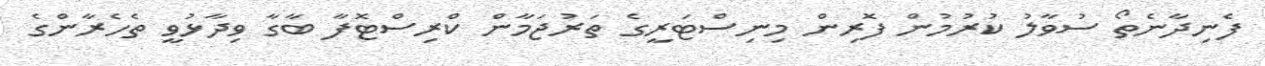
ފެނިދާނެތޯ ސުވާލު ކުރުމުން ފޮރިން މިނިސްޓަރީގެ ތަރުޖަމާން ކްރިސްޓޮފާ ބާގާ ވިދާޅުވީ ތެހެރާންގެ